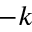
- k